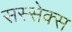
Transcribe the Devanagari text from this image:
सस्सेक्स